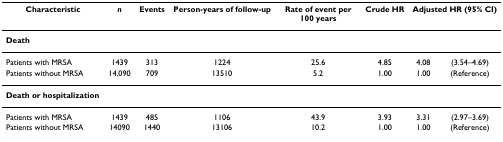
<table><thead><tr><td><b>Characteristic</b></td><td><b><i>n</i></b></td><td><b>Events</b></td><td><b>Person-years of follow-up</b></td><td><b>Rate of event per 100 years</b></td><td><b>Crude HR</b></td><td colspan="2"><b>Adjusted HR (95% CI)</b></td></tr></thead><tbody><tr><td><b>Death</b></td><td></td><td></td><td></td><td></td><td></td><td></td><td></td></tr><tr><td>Patients with MRSA</td><td>1439</td><td>313</td><td>1224</td><td>25.6</td><td>4.85</td><td>4.08</td><td>(3.54–4.69)</td></tr><tr><td>Patients without MRSA</td><td>14,090</td><td>709</td><td>13510</td><td>5.2</td><td>1.00</td><td>1.00</td><td>(Reference)</td></tr><tr><td><b>Death or hospitalization</b></td><td></td><td></td><td></td><td></td><td></td><td></td><td></td></tr><tr><td>Patients with MRSA</td><td>1439</td><td>485</td><td>1106</td><td>43.9</td><td>3.93</td><td>3.31</td><td>(2.97–3.69)</td></tr><tr><td>Patients without MRSA</td><td>14090</td><td>1440</td><td>13106</td><td>10.2</td><td>1.00</td><td>1.00</td><td>(Reference)</td></tr></tbody></table>